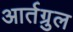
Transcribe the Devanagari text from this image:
आर्तग्रुल